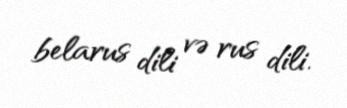
belarus dili və rus dili.